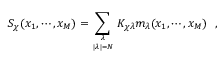
S _ { \chi } ( x _ { 1 } , \cdots , x _ { M } ) = \sum _ { \lambda \atop | \lambda | = N } K _ { \chi \lambda } m _ { \lambda } ( x _ { 1 } , \cdots , x _ { M } ) \, \, \, \, ,